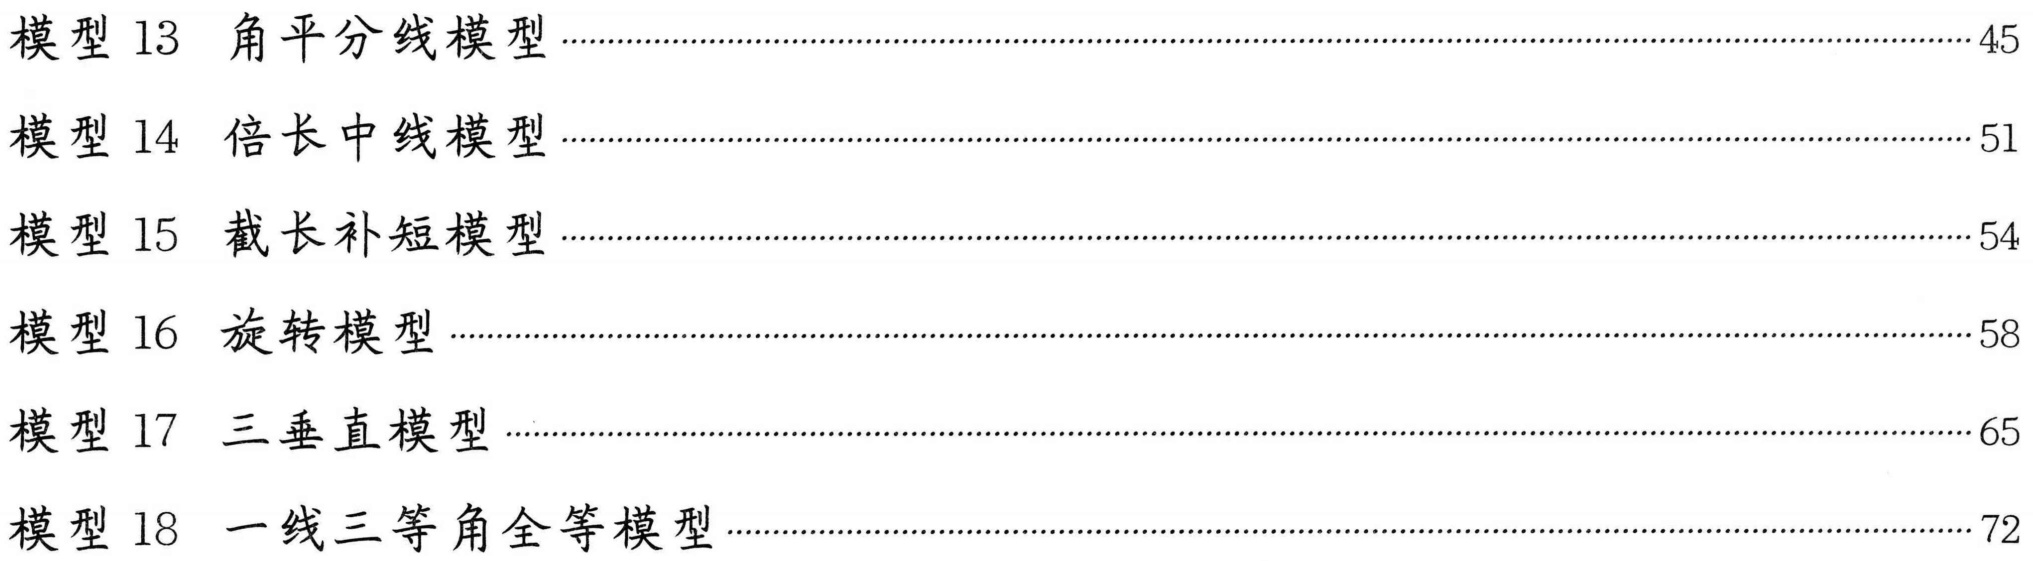
模型 13 角平分线模型 \dotfill 45\\
模型 14 倍长中线模型 \dotfill 51\\
模型 15 截长补短模型 \dotfill 54\\
模型 16 旋转模型 \dotfill 58\\
模型 17 三垂直模型 \dotfill 65\\
模型 18 一线三等角全等模型 \dotfill 72